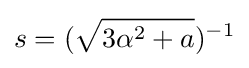
s=({\sqrt {3\alpha ^{2}+a}})^{-1}